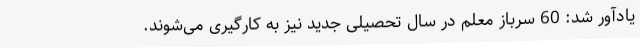
یادآور شد: 60 سرباز معلم در سال تحصیلی جدید نیز به کارگیری می‌شوند.